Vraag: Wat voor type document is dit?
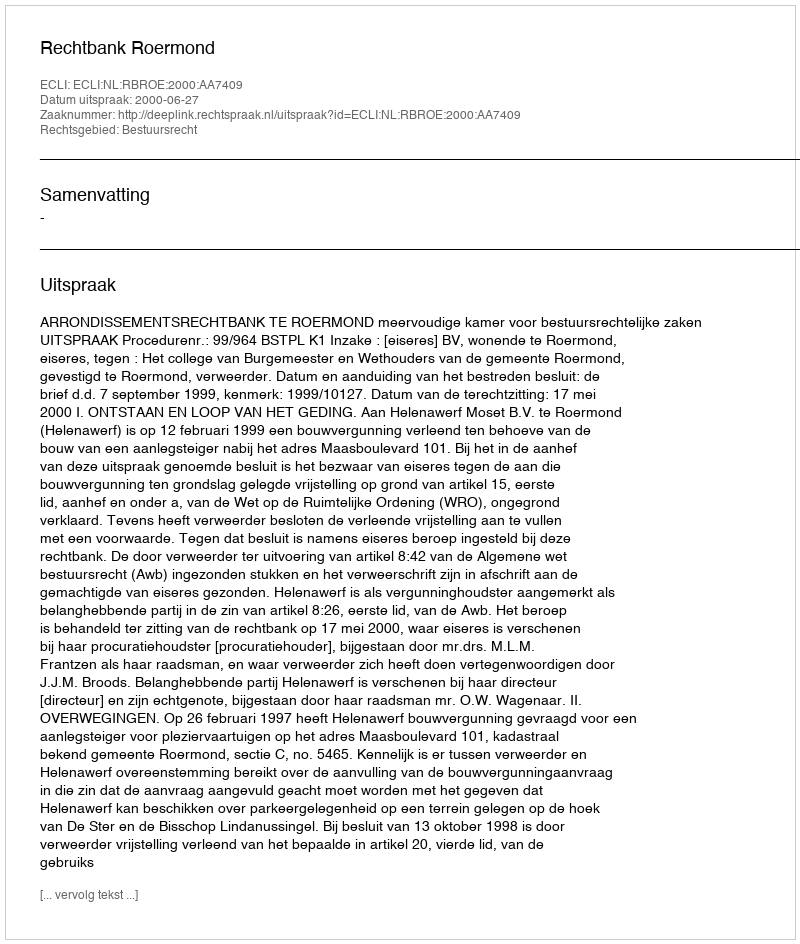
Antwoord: Uitspraak